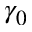
\gamma _ { 0 }